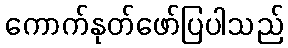
ကောက်နုတ်ဖော်ပြပါသည်